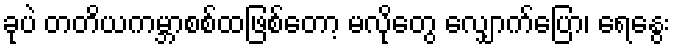
ခုပဲ တတိယကမ္ဘာစစ်ထဖြစ်တော့ မလိုတွေ လျှောက်ပြော၊ ရေနွေး